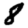
Digit: 8